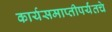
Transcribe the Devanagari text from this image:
कार्यसमाप्तीपर्यंतचे